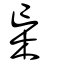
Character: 杗